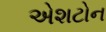
એશટોન